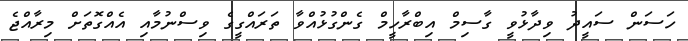
ހަސަން ސައީދު ވިދާޅުވީ ގާސިމް އިބްރާހީމް ގެންގުޅުއްވާ ތަރައްގީގެ ވިސްނުމާއި އެއްގޮތަށް މިރާއްޖެ